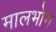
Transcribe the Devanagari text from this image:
मालभोग